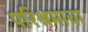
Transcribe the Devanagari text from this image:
परिश्रमाचा